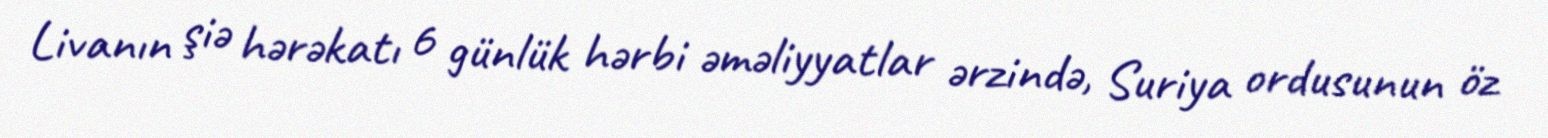
Livanın şiə hərəkatı 6 günlük hərbi əməliyyatlar ərzində, Suriya ordusunun öz